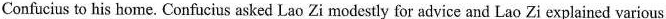
Confucius to his home. Confucius asked Lao Zi modestly for advice and Lao Zi explained various